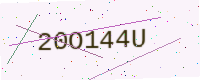
Text: 20O144U